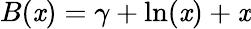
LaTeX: B(\mathit{x})=\gamma+\ln(\mathit{x})+\mathit{x}